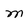
Character: m